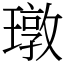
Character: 㻻